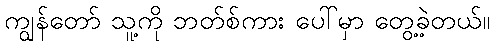
ကျွန်တော် သူ့ကို ဘတ်စ်ကား ပေါ်မှာ တွေ့ခဲ့တယ်။